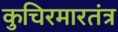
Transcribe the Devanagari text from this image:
कुचिरमारतंत्र